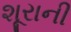
શૂરાની